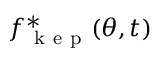
f _ { \mathrm { ~ k ~ e ~ p ~ } } ^ { * } ( \theta , t )